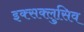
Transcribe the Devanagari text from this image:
इक्सक्लुसिव